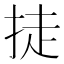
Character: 𪭴